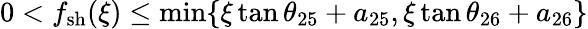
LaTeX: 0<f_{\mathrm{{sh}}}(\xi)\leq\operatorname*{min}\{ \xi\tan\theta_{25}+a_{25},\xi\tan\theta_{26}+a_{26}\}